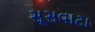
સૂસવાટા